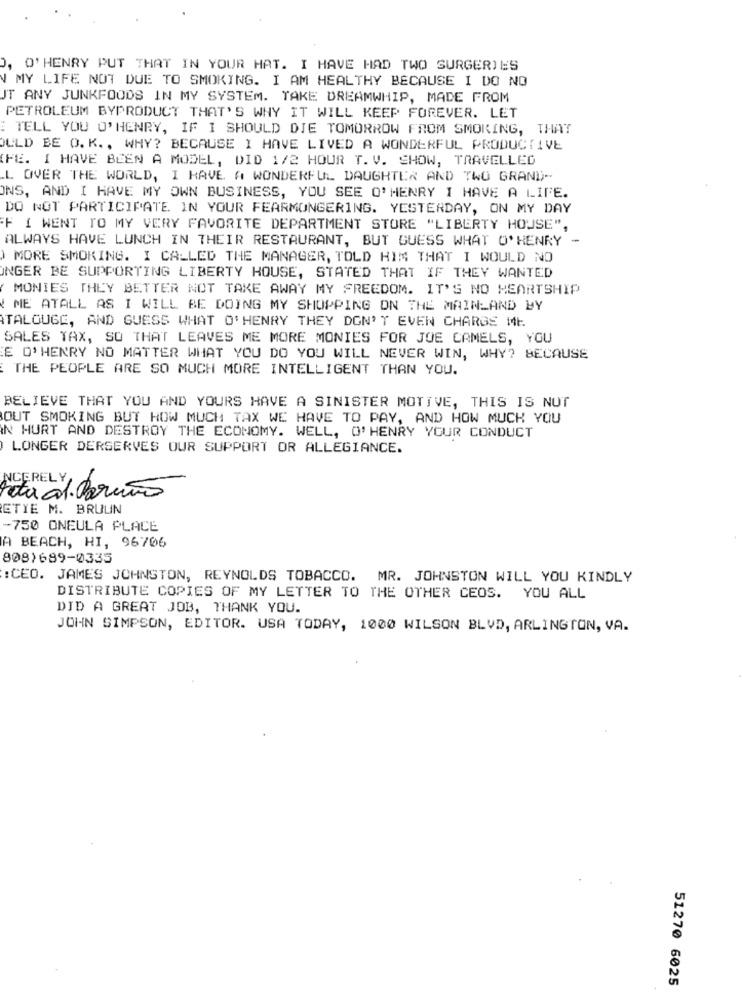
", O'HENRY PUT THAT IN YOUR HAT. I HAVE HAD TWO SURGERIES
MY LIFE NOT DUE TO SMOKING. I AM HEALTHY BECAUSE I DO NO
JT ANY JUNKFOODS IN MY SYSTEM. TAKE DREAMWHIP, MADE FROM
PETROLEUM BYPRODUCT THAT'S WHY IT WILL KEEP FOREVER. LET
TELL YOU O'HENRY, IF I SHOULD DIE TOMORROW FROM SMOKING, THAT
OULD BE O. K ., WHY? BECAUSE I HAVE LIVED A WONDERFUL PRODUCTIVE
[FE. I HAVE BEEN A MODEL, DID 1/2 HOUR T. V. SHOW, TRAVELLED
.L OVER THE WORLD, I HAVE A WONDERFUL DAUGHTER AND TWO GRAND-
ONS, AND I HAVE MY OWN BUSINESS, YOU SEE O'HENRY I HAVE A LIFE.
DO NOT PARTICIPATE IN YOUR FEARMONGERING. YESTERDAY, ON MY DAY
F I WENT TO MY VERY FAVORITE DEPARTMENT STORE "LIBERTY HOUSE",
ALWAYS HAVE LUNCH IN THEIR RESTAURANT, BUT GUESS WHAT O'HENRY -
) MORE SMOKING. I CALLED THE MANAGER, TOLD HIM THAT I WOULD NO
ONGER BE SUPPORTING LIBERTY HOUSE, STATED THAT IF THEY WANTED
MONIES THEY BETTER NOT TAKE AWAY MY FREEDOM. IT'S NO MEARTSHIP
ME ATALL AS I WILL BE DOING MY SHOPPING ON THE MAINLAND BY
TALOUGE, AND GUESS WHAT O'HENRY THEY DON'T EVEN CHARGE IME.
SALES TAX, SO THAT LEAVES ME MORE MONIES FOR JOE CAMELS, YOU
E O'HENRY NO MATTER WHAT YOU DO YOU WILL NEVER WIN, WHY? BECAUSE
THE PEOPLE ARE SO MUCH MORE INTELLIGENT THAN YOU.
BELIEVE THAT YOU AND YOURS HAVE A SINISTER MOTIVE, THIS IS NOT
OUT SMOKING BUT HOW MUCH TAX WE HAVE TO PAY, AND HOW MUCH YOU
IN HURT AND DESTROY THE ECONOMY. WELL, O'HENRY YOUR CONDUCT
LONGER DERSERVES OUR SUPPORT OR ALLEGIANCE.
NCEREL Cariño
etacol.
ETIE M. BRUUN
-750 ONEULA PLACE
A BEACH, HI, 96706
808)689-0335
:CEO. JAMES JOHNSTON, REYNOLDS TOBACCO. MR. JOHNSTON WILL YOU KINDLY
DISTRIBUTE COPIES OF MY LETTER TO THE OTHER CEOS. YOU ALL
DID A GREAT JOB, THANK YOU.
JOHN SIMPSON, EDITOR. USA TODAY, 1000 WILSON BLVD, ARLINGTON, VA.
51270 6025